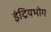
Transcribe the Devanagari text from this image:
इंद्रियभोग